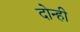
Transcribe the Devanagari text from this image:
दोन्‍ही